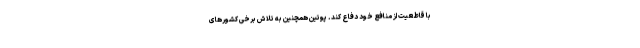
با قاطعیت از منافع خود دفاع کند. پوتین همچنین به تلاش برخی کشورهای